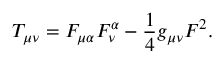
T _ { \mu \nu } = F _ { \mu \alpha } F _ { \nu } ^ { \alpha } - \frac { 1 } { 4 } g _ { \mu \nu } F ^ { 2 } .